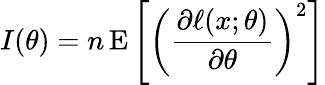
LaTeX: I(\theta)=n\operatorname{E}\left[\left({\frac{\partial\ell(x;\theta)}{\partial\theta}}\right)^{2}\right]